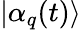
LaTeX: |\alpha_{q}(t)\rangle